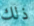
ذلك